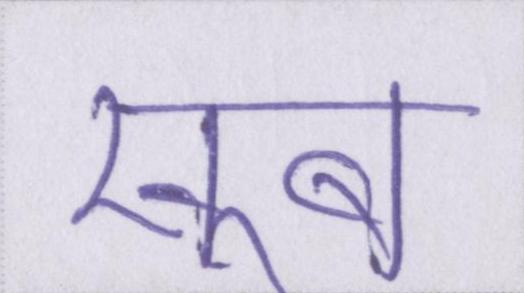
खूब